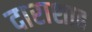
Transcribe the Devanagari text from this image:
दाराशाह